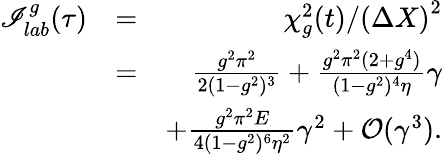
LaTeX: \begin{array}{rlr}{\mathscr{I}_{lab}^{g}(\tau)}&{=}&{\chi_{g}^{2}(t)/\left(\Delta X\right)^{2}}\\ &{=}&{\frac{g^{2}\pi^{2}}{2(1-g^{2})^{3}}+\frac{g^{2}\pi^{2}(2+g^{4})}{(1-g^{2})^{4}\eta}\gamma}\\ &{}&{+\frac{g^{2}\pi^{2}E}{4(1-g^{2})^{6}\eta^{2}}\gamma^{2}+\mathcal{O}(\gamma^{3}).}\end{array}